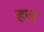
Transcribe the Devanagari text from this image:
हर।